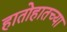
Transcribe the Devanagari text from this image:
हातोहातच्या